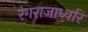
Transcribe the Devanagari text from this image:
रंगराजाध्वरि